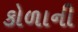
કોળાની